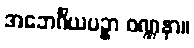
အဘေင်္ဂိယပဥှာ ဝဏ္ဏနာ။